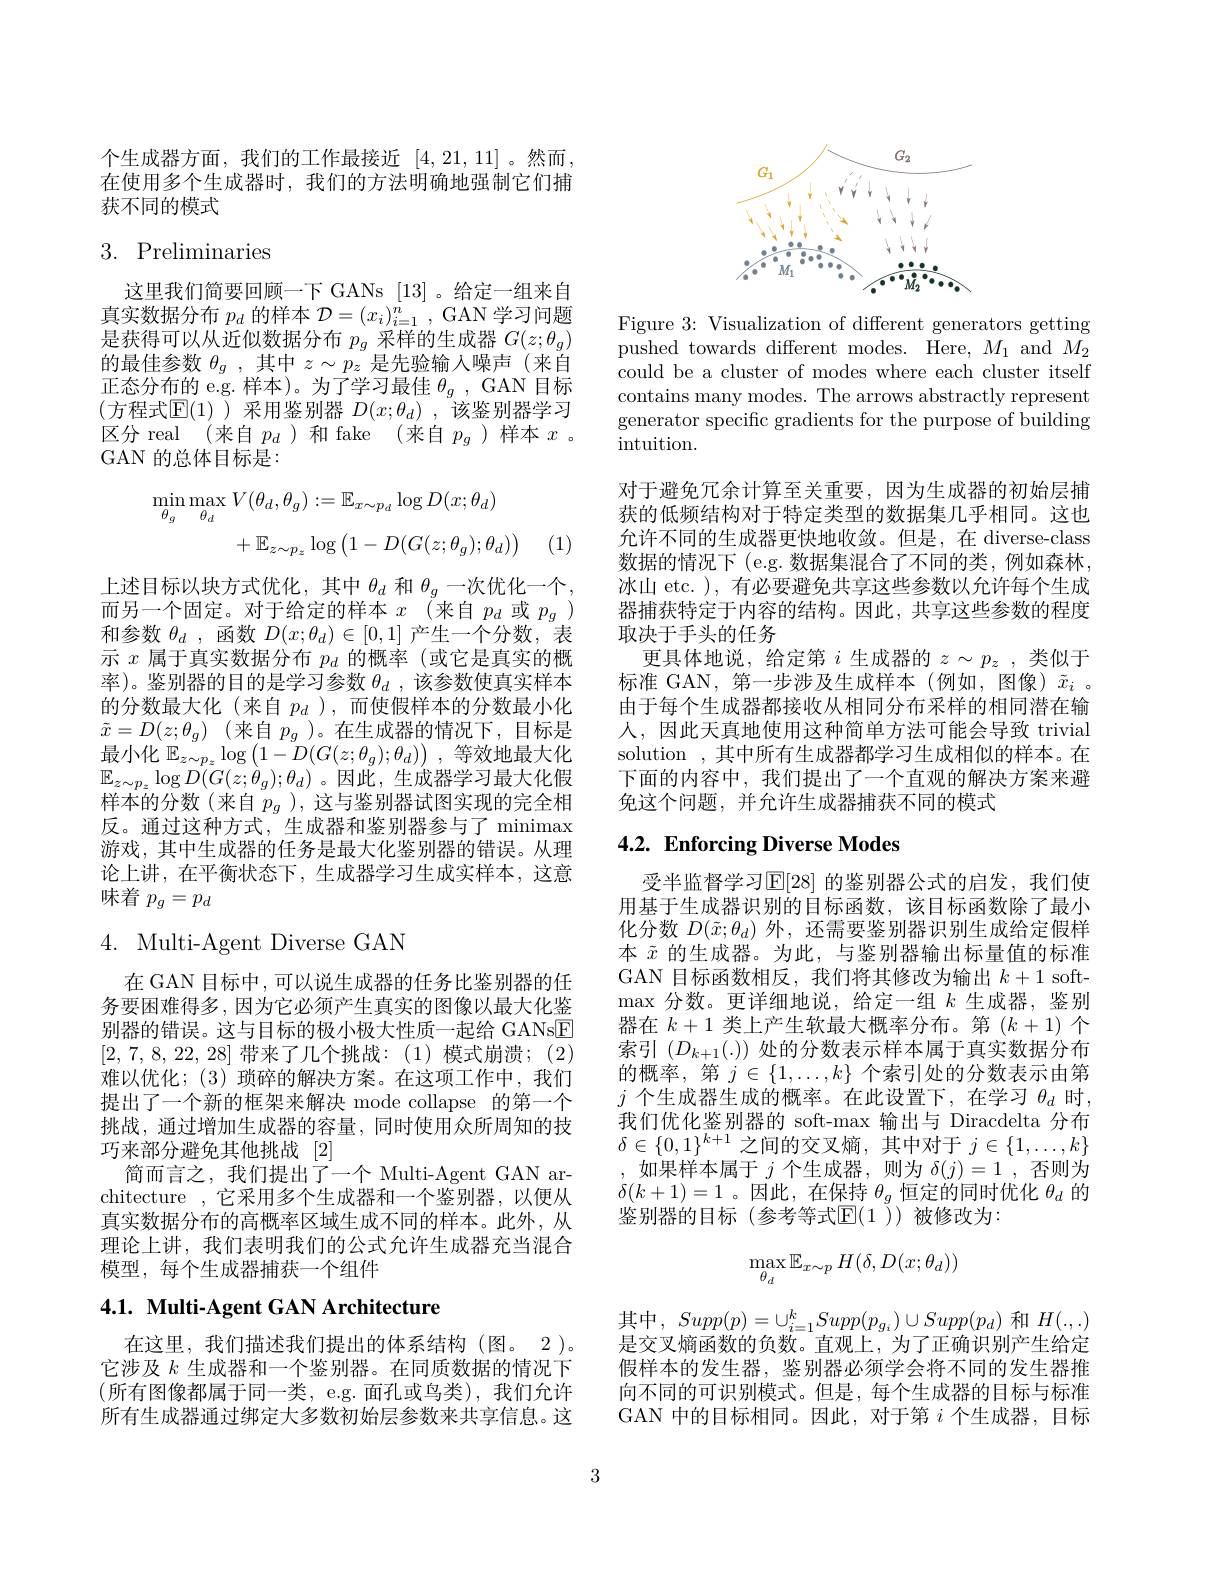
个生成器方面，我们的工作最接近[4,21,11] 。然而， 在使用多个生成器时，我们的方法明确地强制它们捕获不同的模式

# 3. Preliminaries

这里我们简要回顾一下 GANs [13]。给定一组来自真实数据分布$p_d$的样本$\mathcal{D}=(x_i)_i=1^n$, GAN 学习问题是获得可以从近似数据分布$p_g$采样的生成器$G(z;\theta_g)$ 的最佳参数$\theta _g$ ,其中$z\sim p_z$是先验输入噪声(来自正态分布的 e.g. 样本)。为了学习最佳$\theta_g$, GAN 目标(方程式$\mathbb{E}(1)$ )采用鉴别器 $D(x;\theta_d)$, 该鉴别器学习区分 real (来自$p_d$ )和 fake (来自$p_g$ )样本$x$。GAN 的总体目标是：
$$\begin{aligned}\operatorname*{min}_{\theta_{g}}\operatorname*{max}_{\theta_{d}}V(\theta_{d},\theta_{g})&:=\mathbb{E}_{x\sim p_{d}}\log D(x;\theta_{d})\\&+\mathbb{E}_{z\sim p_{z}}\log\left(1-D(G(z;\theta_{g});\theta_{d})\right)\end{aligned}$$
(1)

上述目标以块方式优化，其中$\theta_d$和$\theta_g$一次优化一个， 而另一个固定。对于给定的样本$x$ (来自$p_d$或$p_g)$ 和参数$\theta _d$ ,函数$D(x;\theta_d)\in[0,1]$产生一个分数，表示$x$属于真实数据分布$p_d$的概率(或它是真实的概率)。鉴别器的目的是学习参数$\theta_d$,该参数使真实样本的分数最大化(来自$p_d$ ),而使假样本的分数最小化$\tilde{x}=D(z;\theta_{g})$(来自$p_g$)。在生成器的情况下，目标是最小化$\mathbb{E}_z\sim p_z\log\left(1-D(G(z;\theta_g);\theta_d)\right)$,等效地最大化$\mathbb{E}_{z\sim p_z}\log D(G(z;\dot{\theta}_g);\theta_d)$。因此，生成器学习最大化假样本的分数(来自$p_g$ ),这与鉴别器试图实现的完全相反。通过这种方式，生成器和鉴别器参与了 minimax 游戏，其中生成器的任务是最大化鉴别器的错误。从理论上讲，在平衡状态下，生成器学习生成实样本，这意味着$p_g=p_d$

# 4. Multi-Agent Diverse GAN

在 GAN 目标中，可以说生成器的任务比鉴别器的任务要困难得多 , 因为它必须产生真实的图像以最大化鉴别器的错误。这与目标的极小极大性质一起给 GANsE [2, 7, 8, 22, 28]带来了几个挑战：(1)模式崩溃；(2) 难以优化；(3)琐碎的解决方案。在这项工作中，我们提出了一个新的框架来解决 mode collapse 的第一个挑战，通过增加生成器的容量，同时使用众所周知的技巧来部分避免其他挑战 [2]
简而言之，我们提出了一个 Multi-Agent GAN architecture ,它采用多个生成器和一个鉴别器，以便从真实数据分布的高概率区域生成不同的样本。此外，从理论上讲，我们表明我们的公式允许生成器充当混合模型，每个生成器捕获一个组件

## 4.1. Multi-Agent GAN Architecture

在这里，我们描述我们提出的体系结构(图。2)。它涉及$k$生成器和一个鉴别器。在同质数据的情况下(所有图像都属于同一类，e.g.面孔或鸟类),我们允许所有生成器通过绑定大多数初始层参数来共享信息。这

<FigureHere>

Figure 3: Visualization of different generators getting pushed towards different modes. Here, $M_1$ and $M_2$ could be a cluster of modes where each cluster itself contains many modes. The arrows abstractly represent generator specific gradients for the purpose of building ${\bar{\mathrm{intuition}}}.$

对于避免冗余计算至关重要，因为生成器的初始层捕获的低频结构对于特定类型的数据集几乎相同。这也允许不同的生成器更快地收敛。但是，在 diverse-class 数据的情况下(e.g.数据集混合了不同的类，例如森林， 冰山 etc. ), 有必要避免共享这些参数以允许每个生成器捕获特定于内容的结构。因此，共享这些参数的程度取决于手头的任务
更具体地说，给定第$i$生成器的$z\sim p_z$,类似于标准 GAN,第一步涉及生成样本(例如，图像)$\tilde{x}_i$ 。由于每个生成器都接收从相同分布采样的相同潜在输人，因此天真地使用这种简单方法可能会导致 trivial solution ,其中所有生成器都学习生成相似的样本。在下面的内容中，我们提出了一个直观的解决方案来避免这个问题，并允许生成器捕获不同的模式

## $4. 2. \textbf{Enforcing Diverse Modes}$

受半监督学习$\mathbb{E}[28]$ 的鉴别器公式的启发，我们使用基于生成器识别的目标函数，该目标函数除了最小化分数$D(\tilde{x};\theta_d)$外，还需要鉴别器识别生成给定假样本$\tilde{x}$的生成器。为此，与鉴别器输出标量值的标准GAN 目标函数相反，我们将其修改为输出$k+1$ soft- $\max$分数。更详细地说，给定一组$k$生成器，鉴别器在$k+1$类上产生软最大概率分布。第$(k+1)$个索引$(D_{k+1}(.))$处的分数表示样本属于真实数据分布的概率，第$j\in\{1,\ldots,k\}$个索引处的分数表示由第$j$个生成器生成的概率。在此设置下，在学习$\theta_d$时， 我们优化鉴别器的 soft-max 输出与 Diracdelta 分布$\delta\in\{0,1\}^{k+1}$之间的交叉熵，其中对于$j\in\{1,\ldots,k\}$ ,如果样本属于$j$ 个生成器，则为$\delta(j)=1$,否则为$\delta(k+1)=1$ 。因此，在保持$\theta_g$恒定的同时优化$\theta_d$的鉴别器的目标(参考等式$\mathbb{E}(1$ ))被修改为：
$$\max_{\theta_d}\mathbb{E}_{x\sim p}H(\delta,D(x;\theta_d))$$
其中，$Supp(p)=\cup_i=1^kSupp(p_{g_i})\cup Supp(p_d)$和$H(.,.)$ 是交叉熵函数的负数。直观上，为了正确识别产生给定假样本的发生器，鉴别器必须学会将不同的发生器推向不同的可识别模式。但是，每个生成器的目标与标准GAN 中的目标相同。因此，对于第$i$个生成器，目标

3